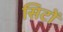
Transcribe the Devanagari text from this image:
सिटों